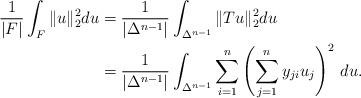
LaTeX: \begin{align*}\frac{1}{|F|}\int_{F}\| u\|_2^2du &=\frac{1}{|\Delta^{n-1}|}\int_{\Delta^{n-1}}\| Tu\|_2^2du\\&= \frac{1}{|\Delta^{n-1}|}\int_{\Delta^{n-1}}\sum_{i=1}^n\left(\sum_{j=1}^ny_{ji}u_j\right )^2\,du.\end{align*}